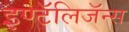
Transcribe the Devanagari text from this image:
इण्टॅलिजॅन्स